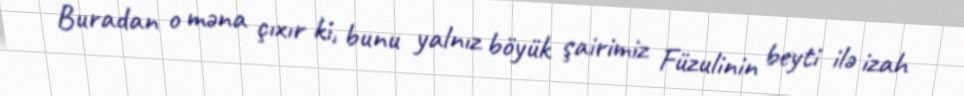
Buradan o məna çıxır ki, bunu yalnız böyük şairimiz Füzulinin beyti ilə izah